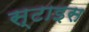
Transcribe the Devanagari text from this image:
स्टाइस